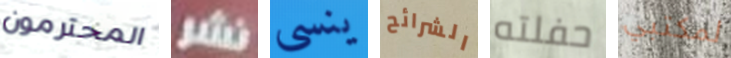
المحترمون نشر ينسى الشرائح حفلته لمكتبي